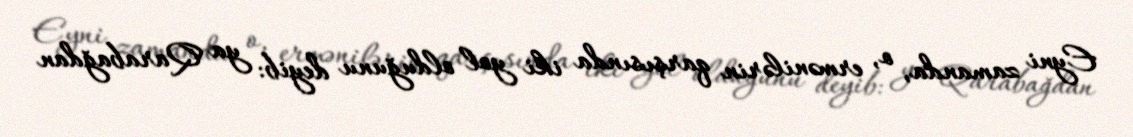
Eyni zamanda, o, ermənilərin qarşısında iki yol olduğunu deyib: ya Qarabağdan